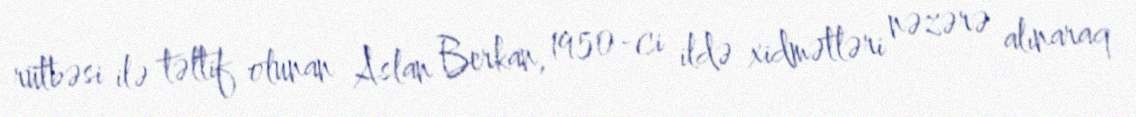
rütbəsi ilə təltif olunan Aslan Berkan, 1950-ci ildə xidmətləri nəzərə alınaraq